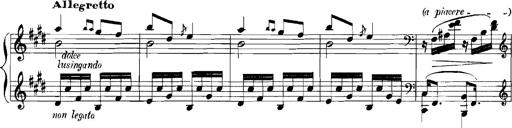
Title: Rhapsodies hongroises
Composer: Franz Liszt